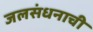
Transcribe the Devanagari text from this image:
जलसंधनाची